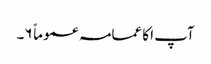
آپ ا کا عمامہ عموماً ۶۔